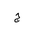
Letter: _gim